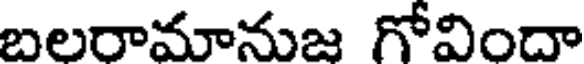
బలరామానుజ గోవిందా